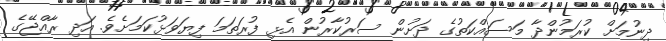
ދިނުމަށް ކުރަމުންދާ މަސައްކަތުގެ ދަށުން ސަރުކާރުން އެޅި ފުރަތަމަ ފިޔަވަޅުކަމަށެވެ. އަދި ރާއްޖޭގެ